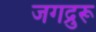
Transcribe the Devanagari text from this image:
जगद्रुरू